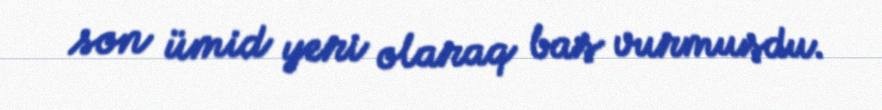
son ümid yeri olaraq baş vurmuşdu.